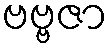
ဗဗ္ဗဇာ